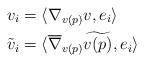
LaTeX: \begin{align*} v_i &= \langle \nabla_{v(p)} v, e_i \rangle \\ \tilde{v}_i &= \langle \overline{\nabla}_{v(p)} \widetilde{v(p)}, e_i \rangle \end{align*}